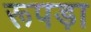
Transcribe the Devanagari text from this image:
रूपड़ा